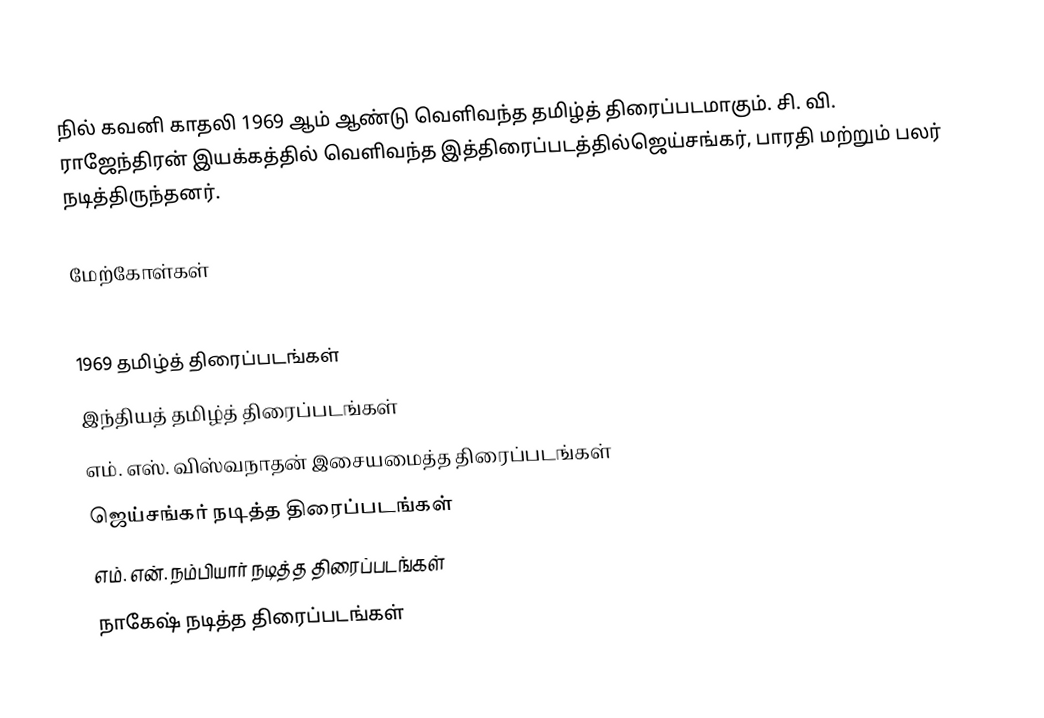
நில் கவனி காதலி 1969 ஆம் ஆண்டு வெளிவந்த தமிழ்த் திரைப்படமாகும். சி. வி. ராஜேந்திரன் இயக்கத்தில் வெளிவந்த இத்திரைப்படத்தில்ஜெய்சங்கர், பாரதி மற்றும் பலர் நடித்திருந்தனர்.

மேற்கோள்கள்

1969 தமிழ்த் திரைப்படங்கள்
இந்தியத் தமிழ்த் திரைப்படங்கள்
எம். எஸ். விஸ்வநாதன் இசையமைத்த திரைப்படங்கள்
ஜெய்சங்கர் நடித்த திரைப்படங்கள்
எம். என். நம்பியார் நடித்த திரைப்படங்கள்
நாகேஷ் நடித்த திரைப்படங்கள்